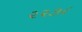
૨૨૭૮